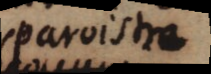
paroistre